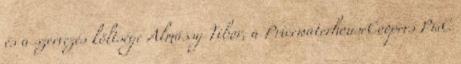
és a szervezés költsége Almássy Tibor, a PricewaterhouseCoopers PwC